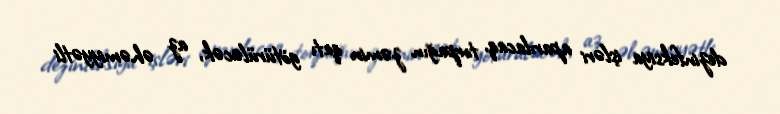
dezinfeksiya işləri aparılacaq, torpağın zəmin qatı götürüləcək, az əhəmiyyətli